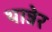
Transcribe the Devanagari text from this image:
थान्नेर